Annual administration report of the Civil Veterinary Department of India - 1896-1897
Year: 1896
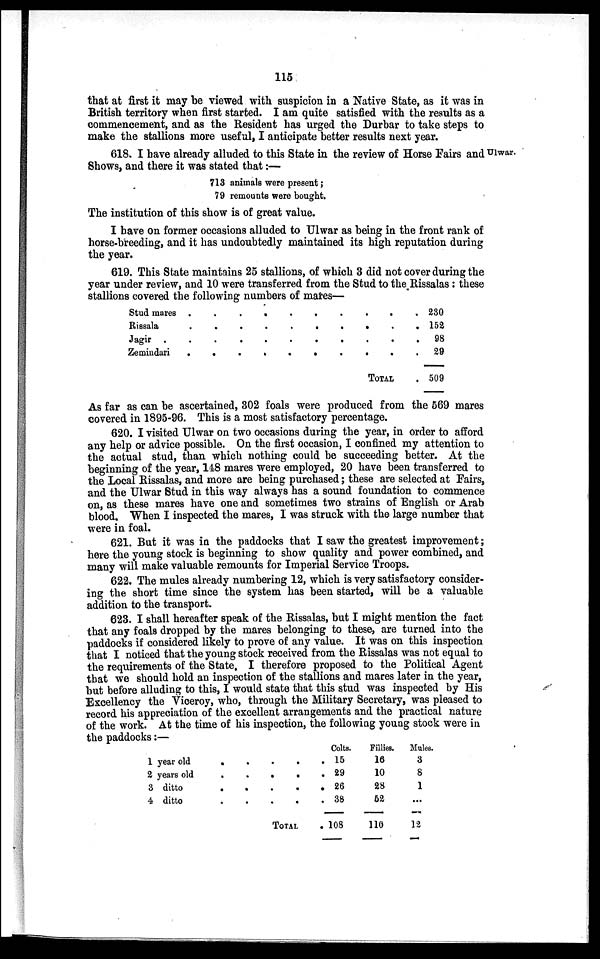
115
that at first it may be viewed with suspicion in a Native State, as it was in
British territory when first started. I am quite satisfied with the results as a
commencement, and as the Resident has urged the Durbar to take steps to
make the stallions more useful, I anticipate better results next year.
618. I have already alluded to this State in the review of Horse Fairs and Ulwar.
Shows, and there it was stated that:—
713 animals were present;
79 remounts were bought.
The institution of this show is of great value.
I have on former occasions alluded to Ulwar as being in the front rank of
horse-breeding, and it has undoubtedly maintained its high reputation during
the year.
619. This State maintains 25 stallions, of which 3 did not cover during the
year under review, and 10 were transferred from the Stud to the Rissalas: these
stallions covered the following numbers of mares—
Stud mares . .
Rissala . .
Jagir . . .
Zemindari
.
.
.
.
.
.
.
. .
. .
. .
.
.
.
.
.
.
.
.
. .
. .
. .
. .
TOTAL
. 230
. 152
.
98
.
29
—
. 509
As far as can be ascertained, 302 foals were produced from the 569 mares
covered in 1895-96. This is a most satisfactory percentage.
620. I visited Ulwar on two occasions during the year, in order to afford
any help or advice possible. On the first occasion, I confined my attention to
the actual stud, than which nothing could be succeeding better. At the
beginning of the year, 148 mares were employed, 20 have been transferred to
the Local Rissalas, and more are being purchased; these are selected at Fairs,
and the Ulwar Stud in this way always has a sound foundation to commence
on, as these mares have one and sometimes two strains of English or Arab
blood. When I inspected the mares, I was struck with the large number that
were in foal.
621. But it was in the paddocks that I saw the greatest improvement;
here the young stock is beginning to show quality and power combined, and
many will make valuable remounts for Imperial Service Troops.
622. The mules already numbering 12, which is very satisfactory consider-
ing the short time since the system has been started, will be a valuable
addition to the transport.
623. I shall hereafter speak of the Rissalas, but I might mention the fact
that any foals dropped by the mares belonging to these, are turned into the
paddocks if considered likely to prove of any value. It was on this inspection
that I noticed that the young stock received from the Rissalas was not equal to
the requirements of the State. I therefore proposed to the Political Agent
that we should hold an inspection of the stallions and mares later in the year,
but before alluding to this, I would state that this stud was inspected by His
Excellency the Viceroy, who, through the Military Secretary, was pleased to
record his appreciation of the excellent arrangements and the practical nature
of the work. At the time of his inspection, the following young stock were in
the paddocks:—
1 year old
2 years old
3 ditto
4 ditto
.
.
.
.
.
.
.
.
. .
. .
. .
. .
TOTAL
Colts.
. 15
. 29
. 26
. 38
. 108
Fillies.
16
10
28
52
110
Mules.
3
8
1
...
12